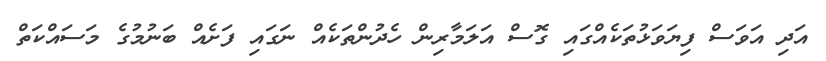
އަދި އަވަސް ފިޔަވަޅުތަކެއްގައި ގޮސް އަލަމާރިން ހެދުންތަކެއް ނަގައި ފަށެއް ބަނުމުގެ މަސައްކަތް